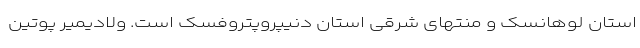
استان لوهانسک و منتهای شرقی استان دنیپروپتروفسک است. ولادیمیر پوتین